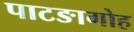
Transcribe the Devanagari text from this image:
पाटङागोह